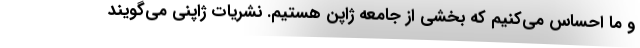
و ما احساس می‌کنیم که بخشی از جامعه ژاپن هستیم. نشریات ژاپنی می‌گویند